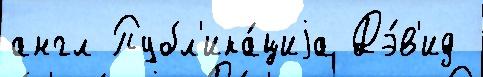
англ Публ'ика́циjа Дэ́в'ид